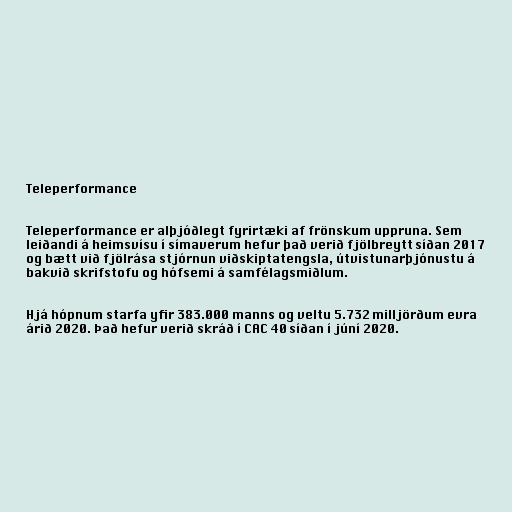
Teleperformance

Teleperformance er alþjóðlegt fyrirtæki af frönskum uppruna. Sem
leiðandi á heimsvísu í símaverum hefur það verið fjölbreytt síðan 2017
og bætt við fjölrása stjórnun viðskiptatengsla, útvistunarþjónustu á
bakvið skrifstofu og hófsemi á samfélagsmiðlum.

Hjá hópnum starfa yfir 383.000 manns og veltu 5.732 milljörðum evra
árið 2020. Það hefur verið skráð í CAC 40 síðan í júní 2020.